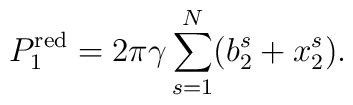
P_{1}^{\mathrm{red}}=2\pi \gamma \sum_{s=1}^{N}(b_{2}^{s}+x_{2}^{s}).